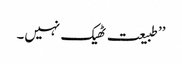
’’طبیعت ٹھیک نہیں۔